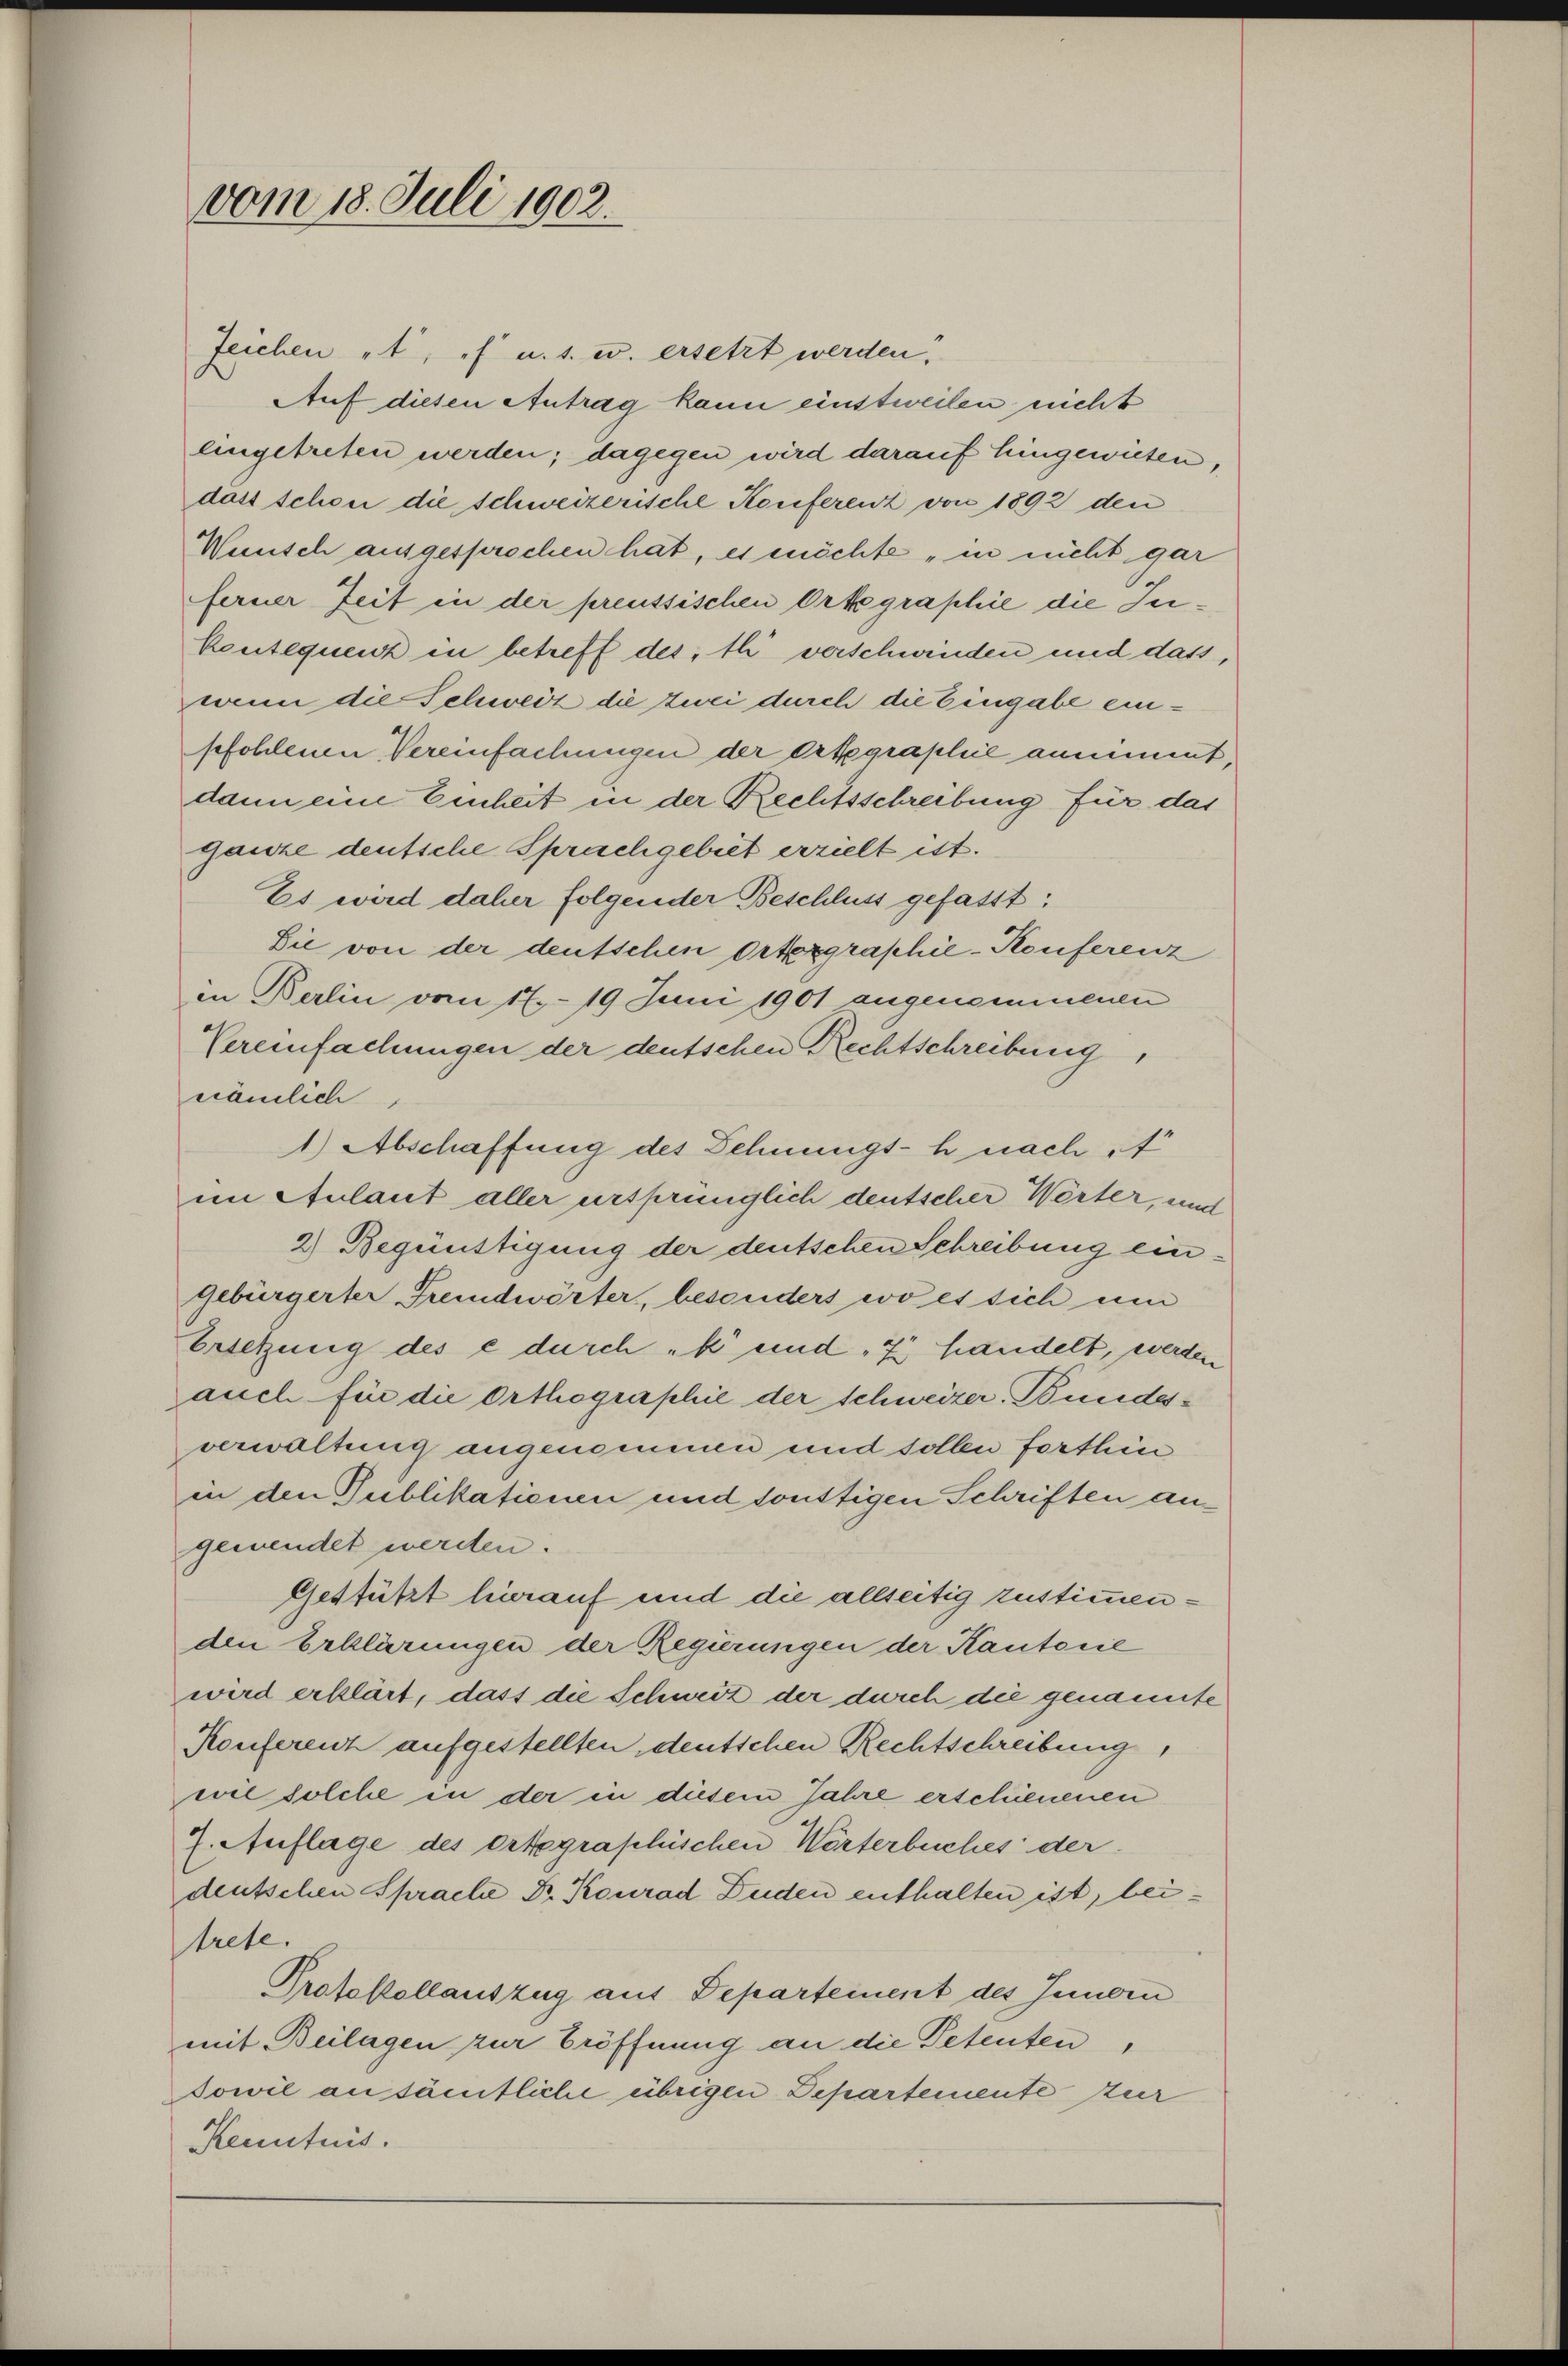
vom 18. Juli 1902.

Zeichen et. f u. s. w. ersetzt werden.
Auf diesen Antrag kann einstweilen nicht
eingetreten werden; dagegen wird darauf hingewiesen,
dass schon die schweizerische Konferenz von 1892 den
Wünsch ausgesprochen hat, es möchte „in nicht gar
ferner Zeit in der preussischen Orkgraphie die Ju¬
Kontequenz in betreff dest verschwinden und dass,
wenn die Schweiz die zwei durch die Eingabe einpfohlenen Vereinfachungen der Ortegraphie annimmt,
dann eine Einheit in der Rechtsschreibung für das
ganze deutsche Sprachgebiet erzielt ist.
Es wird daher folgender Beschluss gefasst:
Sie von der deutschen Ortexgraphie-Konferenz
in Berlin vom 17. 19 Juni 1901 angenommenen
Vereinfachungen der deutschen Rechtschreibung,
nämlich
1.) Abschaffung des Schnungs-h nach
im Aulaut aller ursprünglich deutscher Wörter, und
2) Begünstigung der deutschen Schreibung eingebürgerter Fremdwörter, besonders wo es sich um
Ersetzung des e durch „k und 7 handelt, werden
auch für die Orthographie der schweizer. Bundesverwaltung angenommen und sollen forthin
in den Publikationen und sonstigen Schriften angewendet werden.
Gestützt hierauf und die allseitig zustimmenden Erklärungen der Regierungen der Kantone
wird erklärt, dass die Schweiz der durch die genannte
Konferenz aufgestellten deutschen Rechtschreibung,
wil solche in der in diesem Jahre erschienenen
7. Auflage des Ortegraphischen Wörterbuches der
deutschen Sprache Dr. Konrad Luden enthalten ist, beitrete.
Protokollantzug aus Departement des Innern
mit Beilagen zur Eröffnung an die Petenten,
sowie an sämtliche übrigen Departemente zur
Kenntnis.